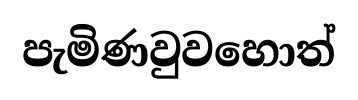
පැමිණවුවහොත්